Report on vaccination in Madras 1922-1929 - 1922-1929
Year: 1922
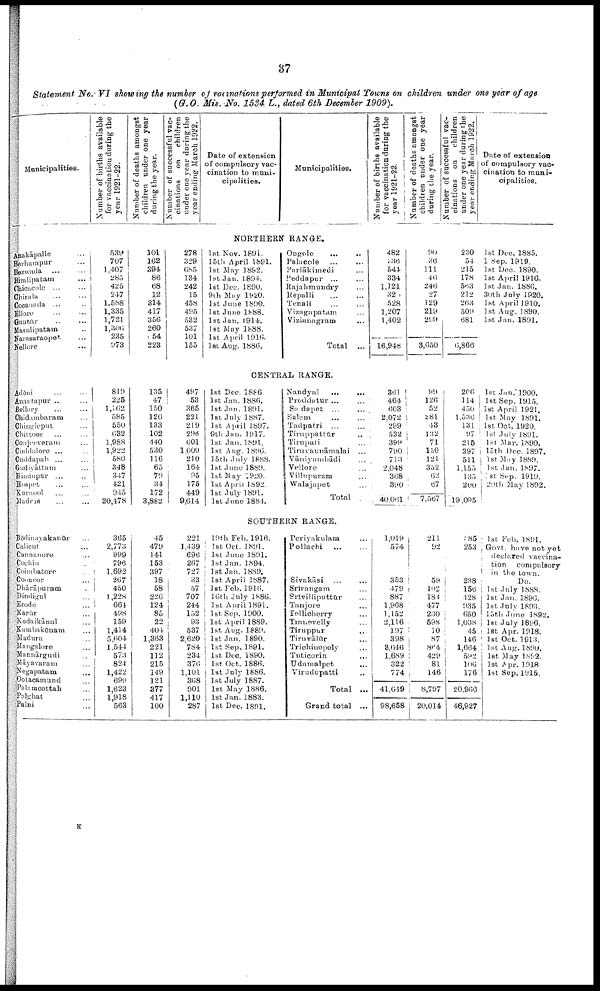
37
Statement No. VI showing the number of vaccinations performed in Municipal Towns on children under one year of age
(G.O. Mis. No. 1534 L., dated 6th December 1909).
Municipalities.
Number of births available
for vaccination during the
year 1921-22.
Number of deaths amongst
children under one year
during the year.
Number of successful vac
cinations
on
children
under one year during the
year ending March 1922.
Date of extension
of compulsory vac
cination to muni
cipalities.
Municipalities.
Number of births available
for vaccination during the
year 1921-22.
Number of deaths amongst
children under one year
during the year.
Number of successful vac
cinations on
children
under one year during the
year ending March 1922.
Date of extension
of compulsory vac
cination to muni
cipalities.
NORTHERN RANGE.
Anakāpalle
...
Berhampur ...
Bezwada
...
...
Bimlipatam
...
Chicacole ... ...
Chirala
...
...
Cocanada ... ...
Ellore ... ...
Cuntūr ... ...
Masulipatam ...
Narasaraopet ...
Nellore ...
539
707
1,407
285
425
217
1,588
1,335
1,721
1,306
235
973
101
162
394
86
68
12
314
417
356
260
54
223
278
329
685
134
242
15
458
495
532
537
101
155
1st Nov. 1891.
15th April 1891.
1st May 1892.
1st Jan. 1894.
1st Dec. 1890.
9th May 1920.
1st June 1890.
1st June 1888.
1st Jan. 1914.
1st May 1888.
1st April 1916.
1st Aug. 1886.
Ongole
...
...
Palacole ... ...
Parlākimedi ...
Peddapur ... ...
Rajahmundry ...
Repalli ... ...
Tenali ... ...
Vizagapatam ...
Vizianagram ...
Total ...
482
236
544
334
1,121
320
528
1,207
1,402
16,948
90
36
111
46
246
27
129
219
299
3,650
230
54
215
178
563
212
263
509
681
6,866
1st Dec. 1885.
1 Sep. 1919.
1st Dec. 1890.
1st April 1916.
1st Jan. 1886.
30th July 1920.
1st April 1910.
1st Aug. 1890.
1st Jan. 1891.
CENTRAL RANGE.
Adōni ... ...
Anantapur ... ...
Bellary
...
...
Chidambaram ...
Chingleput ...
Chittoor ... ...
Conjeeveram ...
Cuddalore ... ...
Cuddapah ... ...
Gudiyāttam ...
Hindupur ... ...
Hospet ... ...
Kurnool ... ...
Madras ... ...
819
225
1,162
585
550
632
1,988
1,922
580
348
347
421
945
20,478
135
47
150
126
133
102
440
530
116
65
79
34
172
3,882
497
53
365
221
219
296
601
1,009
210
164
95
175
449
9,614
1st Dec. 1886.
1st Jan. 1886.
1st Jan. 1891.
1st July 1887.
1st April 1897.
9th Jan. 1917.
1st Jan. 1891.
1st Aug. 1896.
15th July 1888.
1st June 1889.
1st May 1920.
1st April 1892.
1st July 1891.
1st June 1884.
Nandyal ... ...
Proddatur ... ...
Sadapet
...
...
Salem ... ...
Tadpatri ... ...
Tiruppattūr ...
Tirupati ...
Tiruvannāmalai ...
Vāniyambādi ...
Vellore ...
Villupuram ...
Walajapet ...
Total ...
361
464
603
2,072
299
532
399
790
713
2,048
368
390
40,061
99
126
52
281
43
132
71
150
121
352
62
67
7,567
206
114
450
1,536
131
97
215
397
511
1,155
135
200
19,095
1st Jan. 1900.
1st Sep. 1915.
1st April 1921.
1st May 1891.
1st Oct. 1920.
1st July 1891.
1st Mar. 1890.
15th Dec. 1897.
1st May 1889.
1st Jan. 1897.
1st Sep. 1919.
20th May 1892.
SOUTHERN RANGE.
Bōdinayakanūr ...
Calicut ...
Cannanore ...
Cochin ...
Coimbatore ...
Coonoor ...
Dhārāpuram ...
Dindigul ...
Erode ...
Karūr ...
Kodaikānal ...
Kumbakōnam ...
Madura ...
Mangalore ...
Mannārgudi ...
Māyavaram ...
Negapatam ...
Ootacamund ...
Palamcottah ...
Palghat ...
Palni ...
365
2,773
999
796
1,692
267
450
1,228
664
498
159
1,414
5,604
1,544
573
824
1,422
699
1,623
1,918
563
45
479
141
153
397
18
58
226
124
85
22
404
1,363
221
112
215
149
121
377
417
100
221
1,439
696
267
727
33
57
707
244
152
93
537
2,620
784
234
376
1,101
368
901
1,110
287
19th Feb. 1916.
1st Oct. 1891.
1st June 1891.
1st Jan. 1894.
1st Jan. 1889.
1st April 1887.
1st Feb. 1916.
16th July 1886.
1st April 1891.
1st Sep. 1900.
1st April 1889.
1st Aug. 1889.
1st Jan. 1890.
1st Sep. 1891.
1st Dec. 1890.
1st Oct. 1886.
1st July 1886.
1st July 1887.
1st Way 1886.
1st Jan.1883.
1st Dec. 1891.
Periyakulam ...
Pollachi
...
...
Sivakāsi ... ...
Srīrangam ...
Srīvilliputtūr ...
Tanjore ...
Tellicherry ...
Tinnevelly ...
Tiruppur ...
Tiruvālūr ...
Trichinopoly ...
Tuticorin ...
Udamalpet ...
Virudupatti ...
Total ...
Grand total ...
1,019
574
353
479
887
1,968
1,152
2,116
197
398
3,646
1,689
322
774
41,649
98,658
211
92
59
102
184
477
230
598
10
87
864
429
81
146
8,797
20,014
585
253
238
156
428
935
650
1,038
45
146
1,664
592
106
176
20,966
46,927
1st Feb. 1891.
Govt. have not yet
declared vaccina
tion
compulsory
in the town.
Do.
1st July 1888.
1st Jan. 1896.
1st July 1893.
15th June 1892.
1st July 1896.
1st Apr. 1918.
1st Oct. 1913.
1st Aug. 1890.
1st May 1892.
1st Apr. 1918
1st Sep. 1915.
K